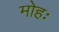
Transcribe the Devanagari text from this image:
मोहः